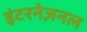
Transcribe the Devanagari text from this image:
इंटरनेज़नल